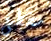
مخطئ